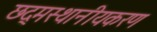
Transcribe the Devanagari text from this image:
छद्मस्थानीयकरण